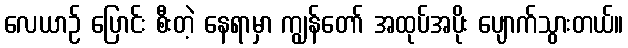
လေယာဉ် ပြောင်း စီးတဲ့ နေရာမှာ ကျွန်တော် အထုပ်အပိုး ပျောက်သွားတယ်။